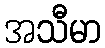
အသီမာ